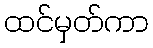
ထင်မှတ်ကာ